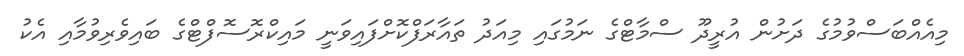
މިއެއްބަސްވުމުގެ ދަށުން އުރީދޫ ސްމާޓްގެ ނަމުގައި މިއަދު ތައާރަފްކޮށްފައިވަނީ މައިކްރޮސޮފްޓްގެ ބައިވެރިވުމާއި އެކު